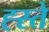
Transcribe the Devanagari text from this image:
ह्स्ते